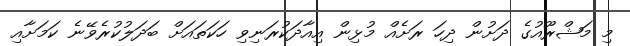
މި މަޝްރޫއުގެ ދަށުން ދިހަ ރަށެއް މުޅިން އިއާދަކުރަނިވި ހަކަތައަށް ބަދަލުކުރެވޭނެ ކަމަށާއި